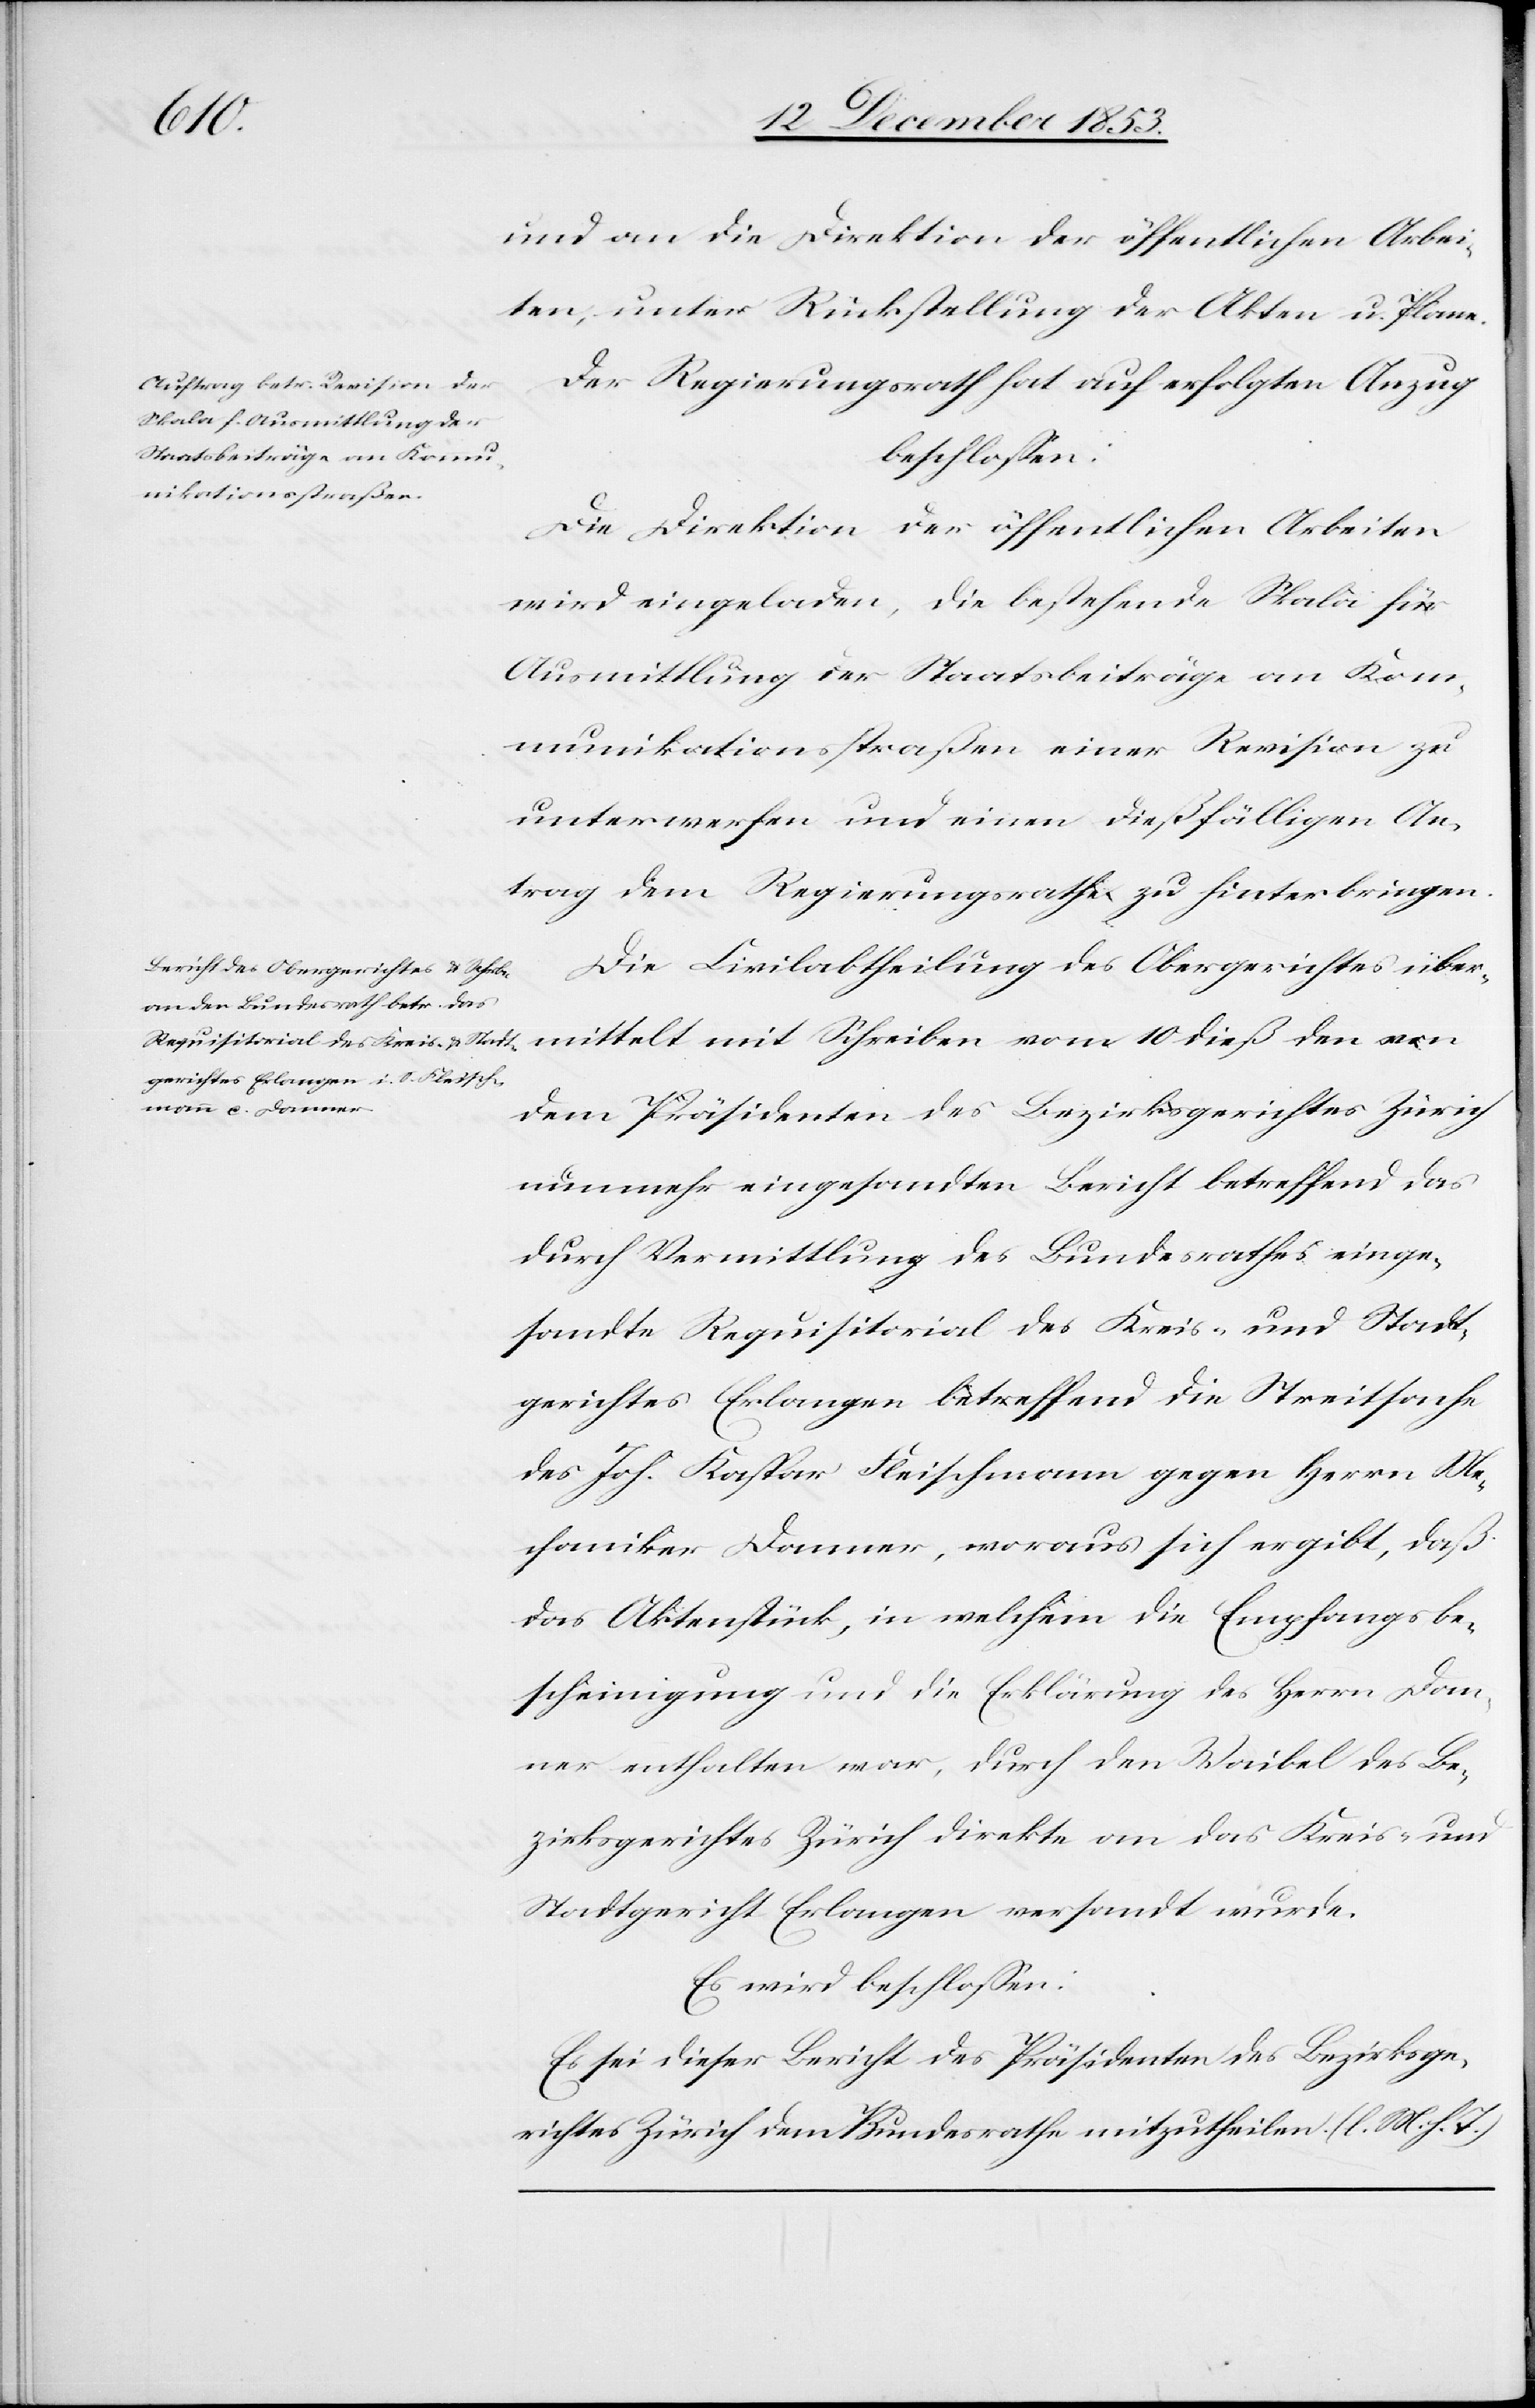
10
und an die Direktion der öffentlichen Arbei¬
ten, unter Rückstellung der Akten u. Plane.
Der Regierungsrath hat auf erfolgten Anzug
beschloßen:
Die Direktion der öffentlichen Arbeiten
wird eingeladen, die bestehende Skala für
Ausmittlung der Staatsbeiträge an Kom¬
munikationsstraßen einer Revision zu
unterwerfen und einen dießfälligen An¬
trag dem Regierungsrathe zu hinterbringen.
Die Civilabtheilung des Obergerichtes über¬
dem Präsidenten des Bezirksgerichtes Zürich
nunmehr eingesandten Bericht betreffend das
durch Vermittlung des Bundesrathes einge¬
sandte Requisitorial des Kreis- und Stadt¬
gerichtes Erlangen betreffend die Streitsache
des Joh. Kaspar Fleischmann gegen Herrn Me¬
chaniker Donner, woraus sich ergibt, daß
das Aktenstück, in welchem die Empfangsbe¬
scheinigung und die Erklärung des Herrn Don¬
ner enthalten war, durch den Waibel des Be¬
zirksgerichtes Zürich direkte an das Kreis- und
Stadtgericht Erlangen versandt wurde.
Es wird beschloßen:
Es sei dieser Bericht des Präsidenten des Bezirksge¬
richtes Zürich dem Bunderathe mitzutheilen. [l. M. h. T]